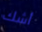
أشك